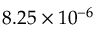
8 . 2 5 \times 1 0 ^ { - 6 }